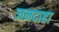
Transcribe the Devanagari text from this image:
जनदाहा